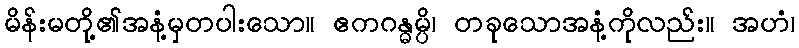
မိန်းမတို့၏အနံ့မှတပါးသော။ ဧကဂန္ဓမ္ပိ၊ တခုသောအနံ့ကိုလည်း။ အဟံ၊